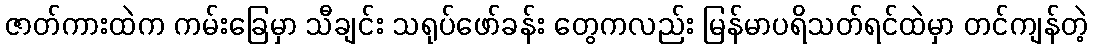
ဇာတ်ကားထဲက ကမ်းခြေမှာ သီချင်း သရုပ်ဖော်ခန်း တွေကလည်း မြန်မာပရိသတ်ရင်ထဲမှာ တင်ကျန်တဲ့